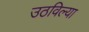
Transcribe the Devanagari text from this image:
उठविल्या